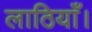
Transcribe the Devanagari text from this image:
लाठियाँ।